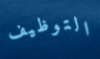
التوظيف